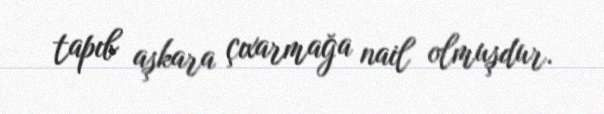
tapıb aşkara çıxarmağa nail olmuşdur.